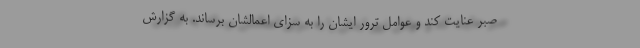
صبر عنایت کند و عوامل ترور ایشان را به سزای اعمالشان برساند. به گزارش